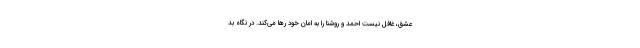
عشق، غافل نیست احمد و روشنا را به امان خود رها می‌کند. در نگاه بد